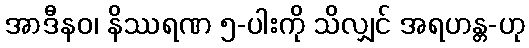
အာဒီနဝ၊ နိဿရဏ ၅-ပါးကို သိလျှင် အရဟန္တ-ဟု